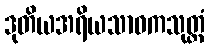
ဒုတိယအရိယသာဝကသုတ္တံ